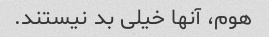
هوم، آنها خیلی بد نیستند.